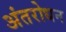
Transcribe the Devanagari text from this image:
अंतरोधन